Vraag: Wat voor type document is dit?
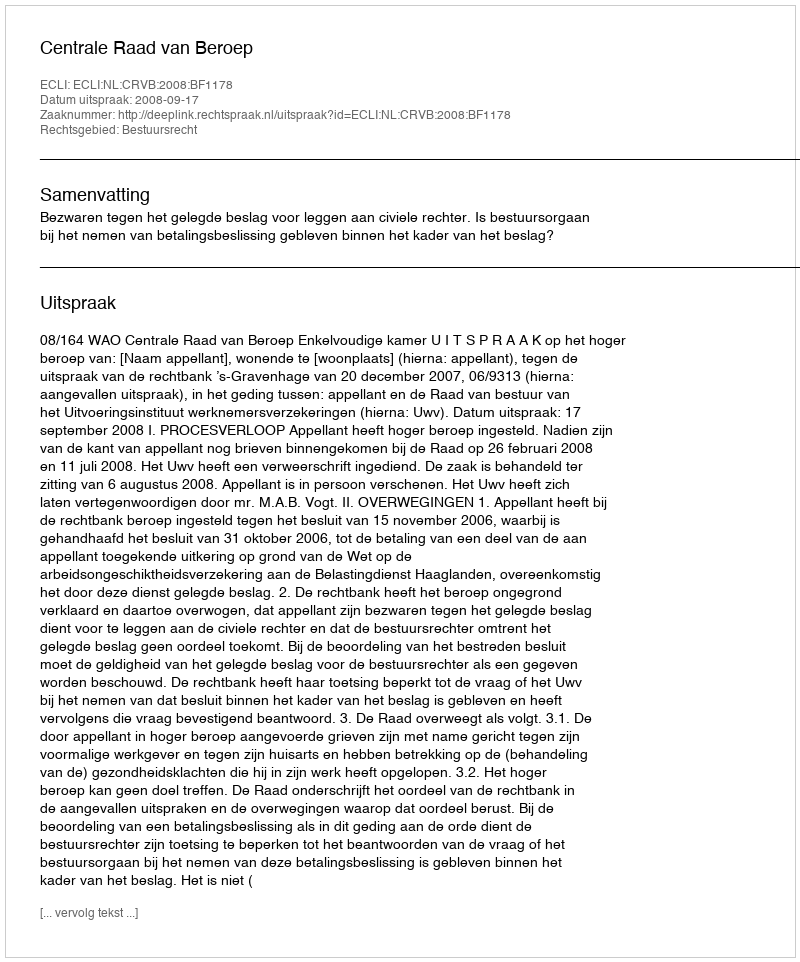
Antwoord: Uitspraak